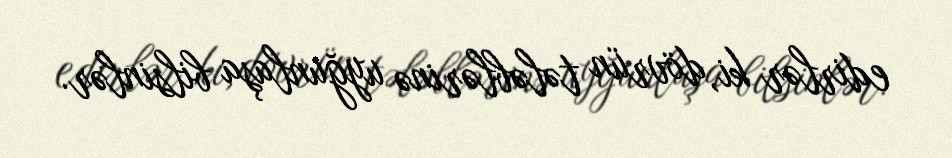
edirlər ki, dövrün tələblərinə uyğunlaşa bilsinlər.